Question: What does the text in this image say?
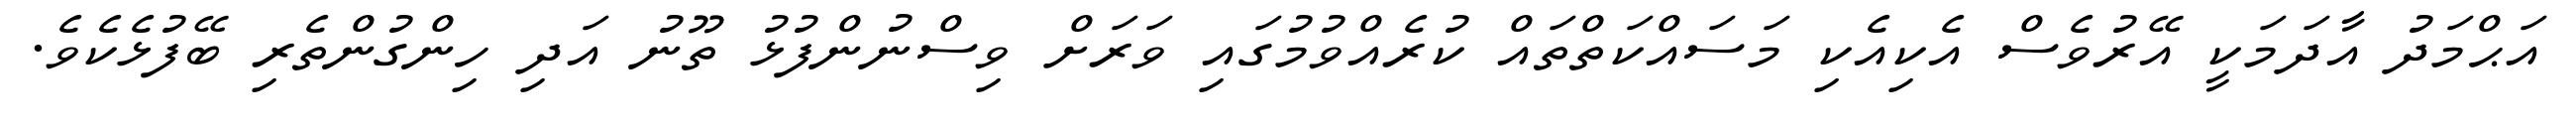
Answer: އަޙްމަދު އާދަމަކީ އޭރުވެސް އެކިއެކި މަސައްކަތްތައް ކުރެއްވުމުގައި ވަރަށް ވިސްނުންފުޅު ތޫނު އަދި ހިންގުންތެރި ބޭފުޅެކެވެ.